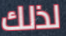
لذلك